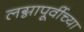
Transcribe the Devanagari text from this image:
लग्नापूर्वीच्या